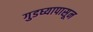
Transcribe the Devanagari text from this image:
गुडघ्यापासून